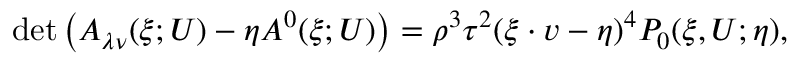
\operatorname* { d e t } \left( A _ { \lambda \nu } ( \xi ; U ) - \eta A ^ { 0 } ( \xi ; U ) \right) = \rho ^ { 3 } \tau ^ { 2 } ( \xi \cdot v - \eta ) ^ { 4 } P _ { 0 } ( \xi , U ; \eta ) ,